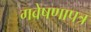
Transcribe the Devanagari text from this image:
गवेषणापत्र